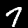
Label: 7